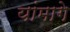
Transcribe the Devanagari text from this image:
यांमागे